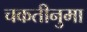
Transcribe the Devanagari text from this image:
चकतीनुमा